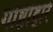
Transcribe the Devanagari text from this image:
गोष्टींद्वारे